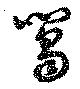
篘